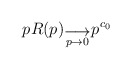
\begin{align*}pR(p) _{\stackrel{\displaystyle\longrightarrow} {p \rightarrow 0}}p^{c_0}\end{align*}